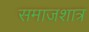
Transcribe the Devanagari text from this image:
समाजशात्र